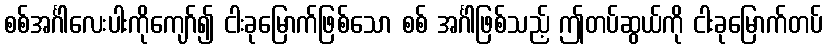
စစ်အင်္ဂါလေးပါးကိုကျော်၍ ငါးခုမြောက်ဖြစ်သော စစ် အင်္ဂါဖြစ်သည့် ဤတပ်ဆွယ်ကို ငါးခုမြောက်တပ်